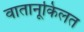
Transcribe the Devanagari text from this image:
वातानूकिलत